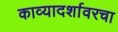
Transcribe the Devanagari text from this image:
काव्यादर्शावरचा